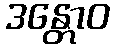
ဒန္တောဝ